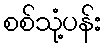
စစ်သုံ့ပန်း